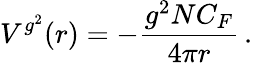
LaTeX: V^{g^{2}}(r)=-\frac{g^{2}NC_{F}}{4\pi r}\, .